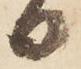
日